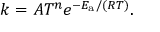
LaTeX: k = A T ^ { n } e ^ { - E _ { \mathrm { { a } } } / ( R T ) } .